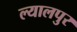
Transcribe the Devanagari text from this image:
ल्यालपुर